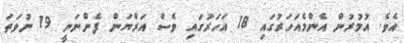
އެވެ. އުމުރުން އެންމެއަހަރުގައި 18 އަހަރުގައި ވެސް އަރްޔަން ފެންނަނީ 19 ނުވަތަ